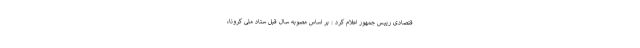
قتصادی رییس جمهور اعلام کرد : بر اساس مصوبه سال قبل ستاد ملی کرونا،